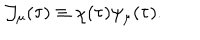
{ \cal J } _ { \mu } ( \tau ) \equiv \chi ( \tau ) \psi _ { \mu } ( \tau ) .